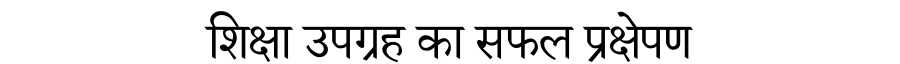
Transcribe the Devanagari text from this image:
शिक्षा उपग्रह का सफल प्रक्षेपण